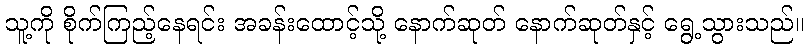
သူ့ကို စိုက်ကြည့်နေရင်း အခန်းထောင့်သို့ နောက်ဆုတ် နောက်ဆုတ်နှင့် ရွေ့သွားသည်။